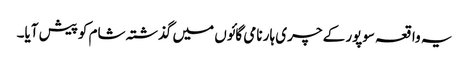
یہ واقعہ سوپور کے چری ہار نامی گائوں میں گذشتہ شام کوپیش آیا۔